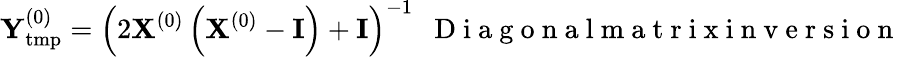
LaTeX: {\mathbf Y}_{\mathrm{tmp}}^{(0)}=\left(2{\mathbf X}^{(0)}\left({\mathbf X}^{(0)}-{\mathbf I}\right)+{\mathbf I}\right)^{-1}~~\mathrm{~D~i~a~g~o~n~a~l~m~a~t~r~i~x~i~n~v~e~r~s~i~o~n~}